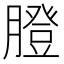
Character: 膯